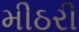
મીઠરી